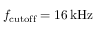
f _ { \mathrm { c u t o f f } } = 1 6 \, \mathrm { k H z }